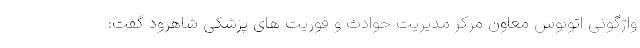
واژگونی اتوبوس معاون مرکز مدیریت حوادث و فوریت های پزشکی شاهرود گفت: